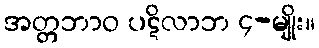
အတ္တဘာဝ ပဋိလာဘ ၄-မျိုး။